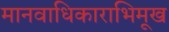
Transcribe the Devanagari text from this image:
मानवाधिकाराभिमूख